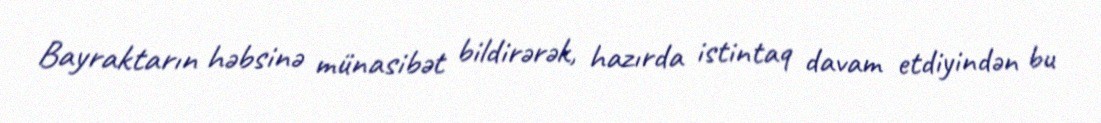
Bayraktarın həbsinə münasibət bildirərək, hazırda istintaq davam etdiyindən bu